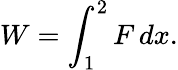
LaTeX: W=\int_{1}^{2}F\, dx.